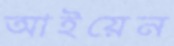
আইয়েন